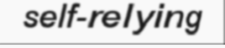
self-relying